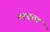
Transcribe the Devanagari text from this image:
नरपाल